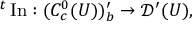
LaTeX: { } ^ { t } \operatorname { I n } : ( C _ { c } ^ { 0 } ( U ) ) _ { b } ^ { \prime } \to { \mathcal { D } } ^ { \prime } ( U ) ,